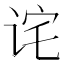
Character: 诧